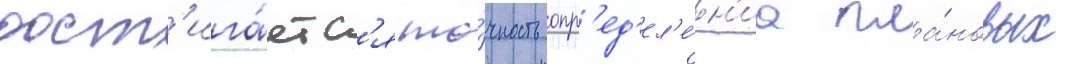
дост'ига́етс'я то́чность опр'ед'ел'е́н'иа пла́новых